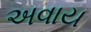
અવાય